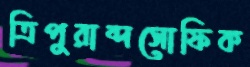
ত্রিপুরাব্দসোফিক